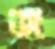
জ